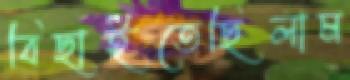
বিছাইতেছিলাম